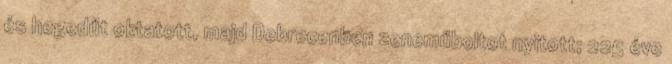
és hegedűt oktatott, majd Debrecenben zeneműboltot nyitott; 225 éve